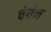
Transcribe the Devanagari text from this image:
चेयेन